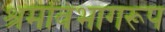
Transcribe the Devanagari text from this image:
श्रमविभागरूप